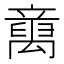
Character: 𱷭